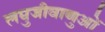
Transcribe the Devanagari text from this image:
लघुजीवाणुओं